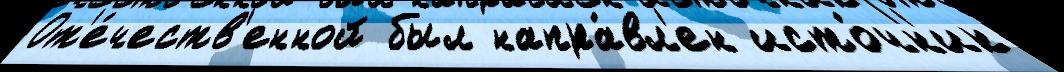
От'е́честв'енной был напра́вл'ен исто́чн'ик